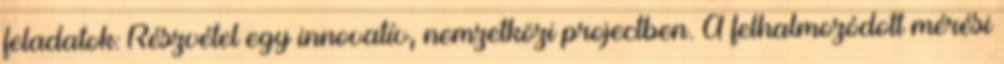
feladatok: Részvétel egy innovatív, nemzetközi projectben. A felhalmozódott mérési